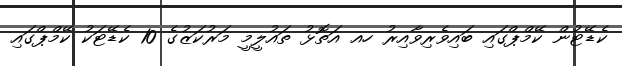
ކެޑޭޓުން ކޭމްޕްގައި ބައިވެރިވާއިރު ހއ އަތޮޅު ތައުލީމީ މަރުކަޒުގެ 10 ކެޑޭޓަކު ކޭމްޕްގައި